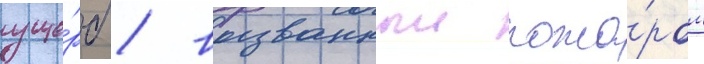
уще́рб / вызванныи пожа́ром